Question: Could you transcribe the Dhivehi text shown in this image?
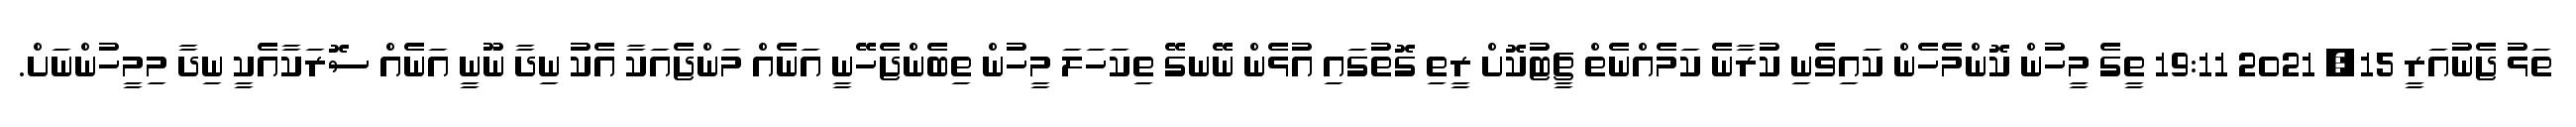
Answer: ތަޅު ޖެނުއަރީ 15, 2021 19:11 ތީގެ މީހުން ކޮންމެހެން ކައިވެނި ކުރާނެ ކަމެއްނެތް ޗީޓުކޮށް ރީތި ގޮތުގައި އުޅެން ނޭނގޭ ތިކަހަލަ މީހުން ތިބެންޖެހޭނީ އަނެއް މަންޖެއަކާ އެކު ނިދާ ނޫނީ އަނެއް ސޮރަކާއެކީ ނިދާ މިމީހުންނަށް.